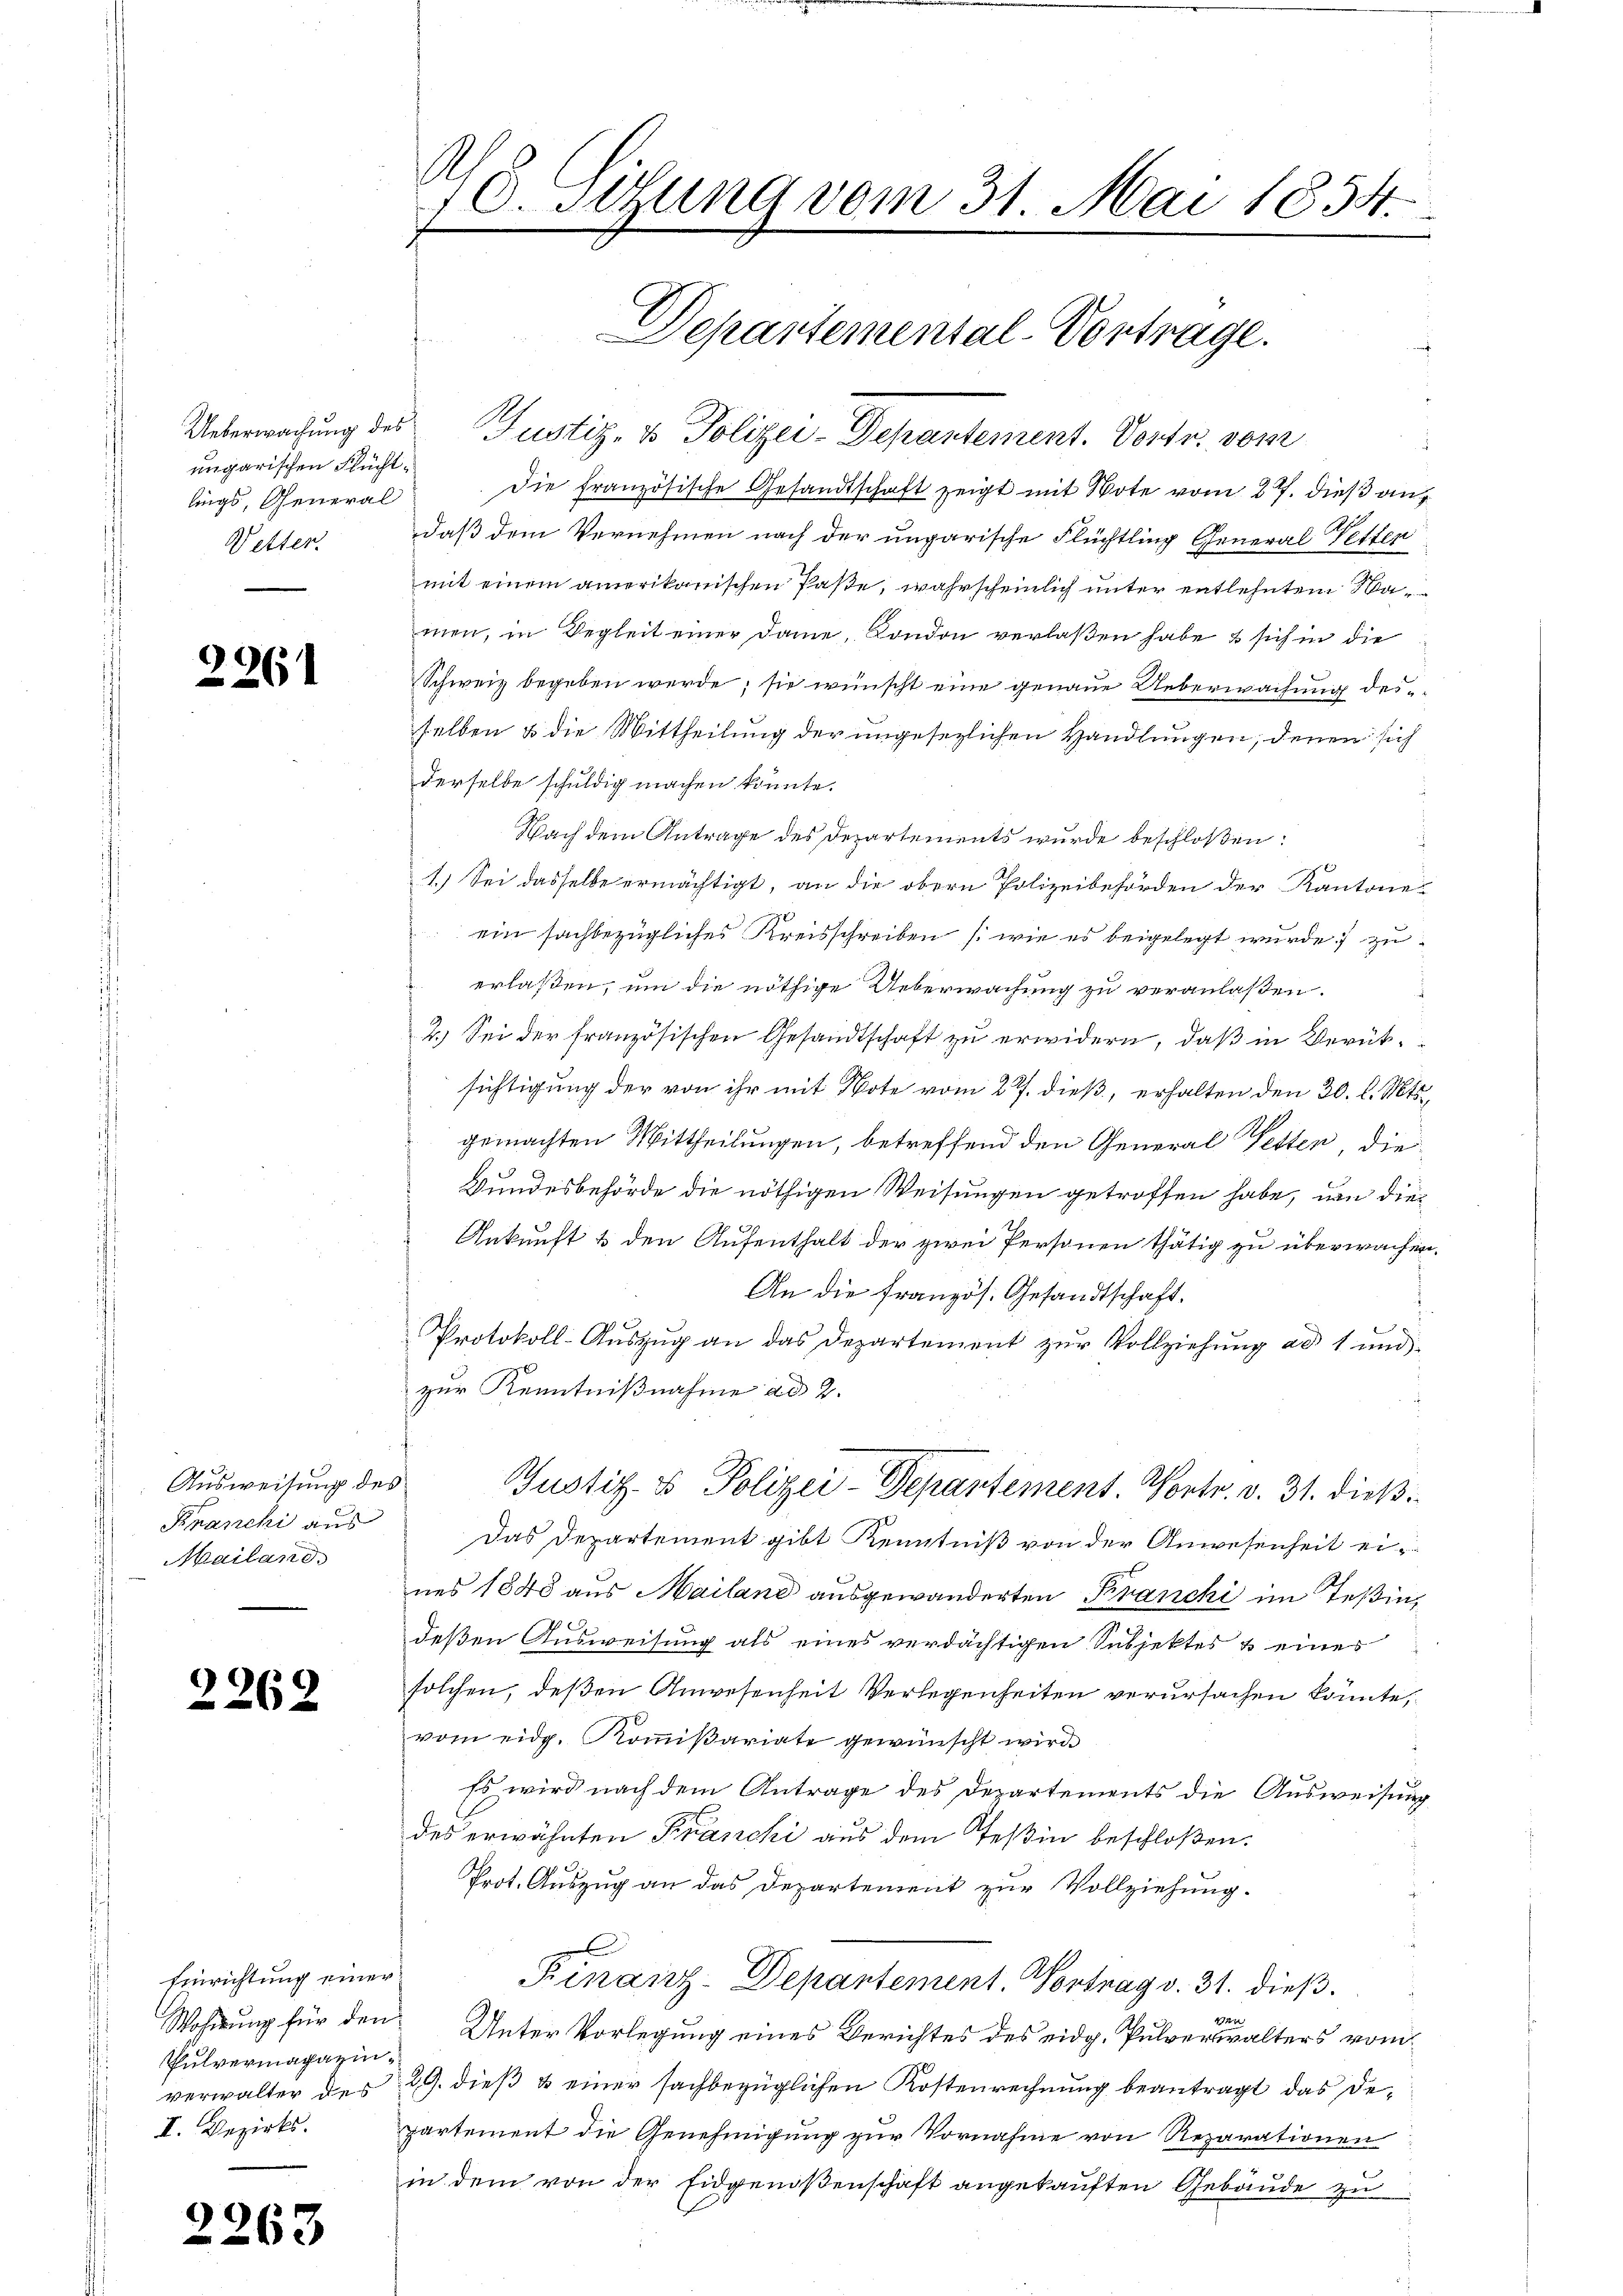
ungarischen Flüchtlings, General
Wetter

Ausweisung des
Mailand

2262

Einrichtung einer
Pulvermagazin¬
I. Bezirks.

2961

2263

Ueberwachung des Justiz- & Polizei-Departement. Vortr. vom
Die französische Gesandtschaft zeigt mit Note vom 27. dieß andaß dem Vernehmen nach der ungarische Flüchtling General Vetten
mit einem amerikanischen Paste, wahrscheinlich unter entlehntem Wamen, in Begleit einer Dame, London verlaßen habe & sich in die
Schweiz begeben werde; sie wünscht eine genaue Ueberwachung des
selben & die Mittheilung der ungesezlichen Handlungen, denen sich
derselbe schuldig machen könnte.
Nach dem Antrage des Departements wurde beschloßen:
0
1.) Sei dasselbe ermächtigt, an die obern Polizeibehörden der Kantone
 ein sachbezügliches Kreisschreiben (wie es beigelegt wurde zu
erlaßen, um die nöthige Ueberwachung zu veranlaßen.
2.) Sei der französischen Gesandtschaft zu erwidern, daß in Berüksichtigung der von ihr mit Note vom 27. dieß, erhalten den 30. l. Mts.,
gemachten Mittheilungen, betreffend den General Vetten, die
Bundesbehörde die nöthigen Weisungen getroffen habe, von die¬
Ankunft & den Aufenthalt der zwei Personen thätig zu überwachen.
An die französ. Gesandtschaft.
Protokoll-Auszug an das Departement zur Vollziehung ad 1 und
zur Kenntnißnahme ad 2.
Justiz- & Polizei-Departement. Vortr. v. 31. dieß
Kranchi aus Das Departement gibt Kenntniß von der Anwesenheit ei-
nes 1848 aus Mailand ausgewanderten Kranchi im Teßin,
deßen Ausweisung als eines verdächtigen Subjektes & eines
solchen, deßen Anwesenheit Verlegenheiten verursachen könnte,
vom eidg. Kommißariate gewünscht wird.
Es wird nach dem Antrage des Departements die Ausweisung
des erwähnten Franchi aus dem Teßin beschloßen:
Prot. Auszug an das Departement zur Vollziehung.
Finanz-Depantement. Vortrag v. 31. dieß.
125
Wohnung für den Unter Vorlegung eines Berichtes des eidg. Pulverwalters vom
verwalter des 19. dieß & einer sachbezüglichen Kostenrechnung beantragt das Departement die Genehmigung zur Vornahme von Reparationen
in dem von der Eidgenoßenschaft angekauften Gebäude zu

.
10. Sitzung vom 31. Mai 1854.

.
Departemental-Vortrage.